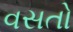
વસતો